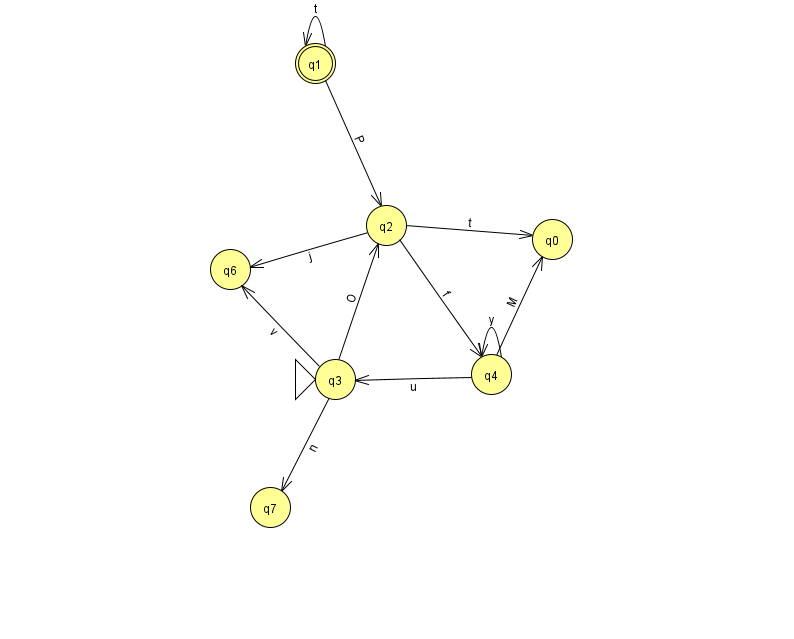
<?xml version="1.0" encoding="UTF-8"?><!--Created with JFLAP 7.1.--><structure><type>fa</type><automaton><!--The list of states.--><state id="0" name="q0"><x>552.0</x><y>226.0</y></state><state id="1" name="q1"><x>315.0</x><y>50.0</y><final/></state><state id="2" name="q2"><x>386.0</x><y>212.0</y></state><state id="3" name="q3"><x>335.0</x><y>366.0</y><initial/></state><state id="4" name="q4"><x>491.0</x><y>361.0</y></state><state id="6" name="q6"><x>230.0</x><y>256.0</y></state><state id="7" name="q7"><x>270.0</x><y>494.0</y></state><!--The list of transitions.--><transition><from>4</from><to>0</to><read>M</read></transition><transition><from>3</from><to>6</to><read>v</read></transition><transition><from>1</from><to>1</to><read>t</read></transition><transition><from>4</from><to>3</to><read>u</read></transition><transition><from>2</from><to>4</to><read>f</read></transition><transition><from>4</from><to>4</to><read>y</read></transition><transition><from>2</from><to>0</to><read>t</read></transition><transition><from>3</from><to>7</to><read>n</read></transition><transition><from>2</from><to>6</to><read>j</read></transition><transition><from>3</from><to>2</to><read>O</read></transition><transition><from>1</from><to>2</to><read>P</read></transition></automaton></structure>